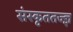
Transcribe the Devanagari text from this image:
संस्कृततज्ज्ञ